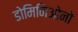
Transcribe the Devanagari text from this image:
डोमिनिओनों